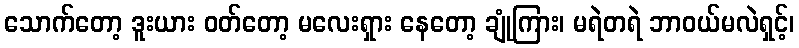
သောက်တော့ ဒူးယား ဝတ်တော့ မလေးရှား နေတော့ ချုံကြား၊ မရဲတရဲ ဘာဝယ်မလဲရှင့်၊